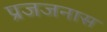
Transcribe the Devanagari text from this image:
प्रजजनास